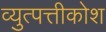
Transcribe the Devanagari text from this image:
व्युत्पत्तीकोश